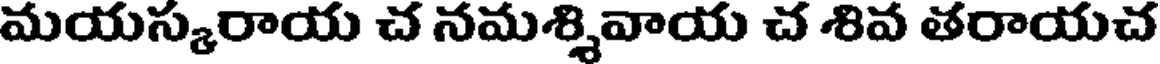
మయస్కరాయ చ నమశ్శివాయ చ శివ తరాయచ